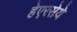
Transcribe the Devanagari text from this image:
हेएरसेये